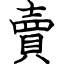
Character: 賣